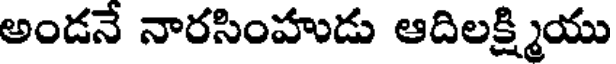
అండనే నారసింహుడు ఆదిలక్ష్మియు